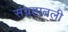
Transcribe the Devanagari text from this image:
संग्रहातली